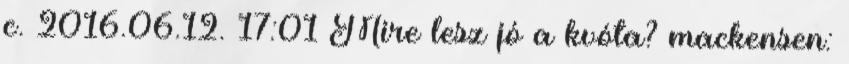
c. 2016.06.12. 17:01 Mire lesz jó a kvóta? mackensen: